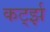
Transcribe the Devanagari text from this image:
कर्ट्झ